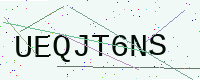
Text: UEQJT6NS